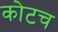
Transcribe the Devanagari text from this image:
कोटच